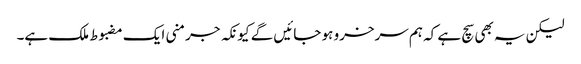
لیکن یہ بھی سچ ہے کہ ہم سرخرو ہو جائیں گے کیونکہ جرمنی ایک مضبوط ملک ہے۔